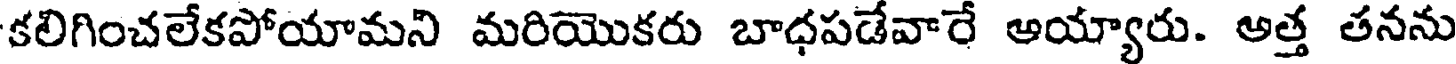
కలిగించలేకపోయామని మరియొకరు బాధపడేవారే ఆయ్యారు. అత్త తనను